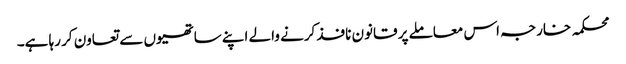
محکمہ خارجہ اس معاملے پر قانون نافذ کرنے والے اپنے ساتھیوں سے تعاون کر رہا ہے۔